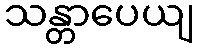
သန္တာပေယျ